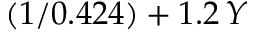
( 1 / 0 . 4 2 4 ) + 1 . 2 \, Y